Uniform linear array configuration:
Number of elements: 48
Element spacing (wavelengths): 0.25
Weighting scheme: cosine
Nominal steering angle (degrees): -30
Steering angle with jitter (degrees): -31.179
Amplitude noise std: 0.05
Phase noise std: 0.05

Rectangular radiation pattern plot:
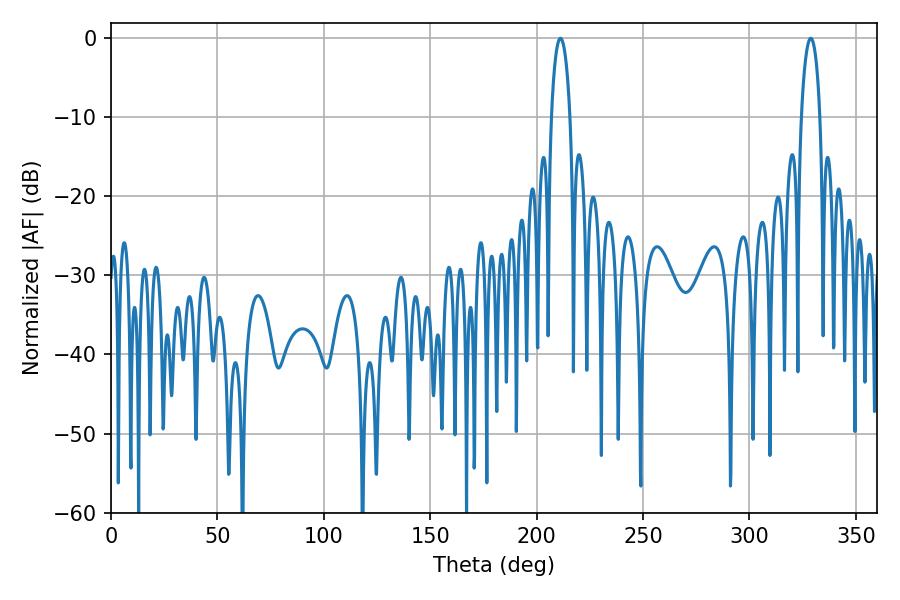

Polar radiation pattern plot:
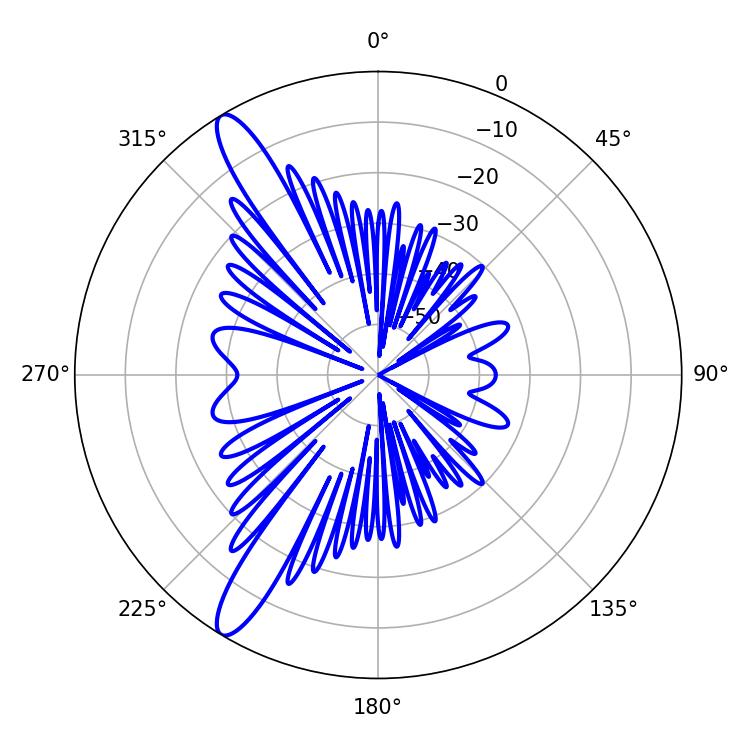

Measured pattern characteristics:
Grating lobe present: FALSE
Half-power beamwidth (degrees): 4.86
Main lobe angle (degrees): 211.14